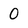
Character: 0